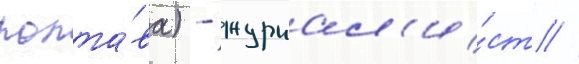
полта́ва) - журнал'и́ст /